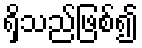
ရှိသည်ဖြစ်၍